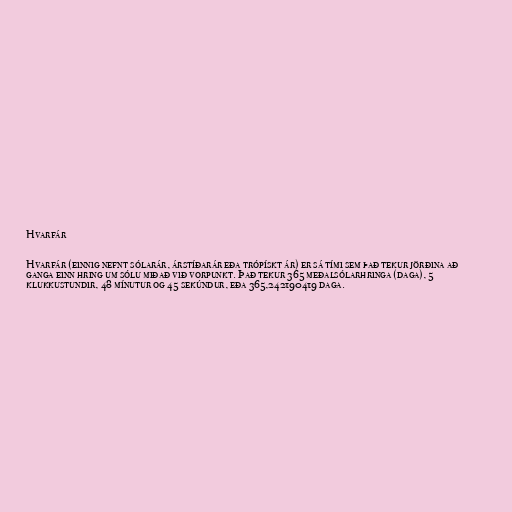
Hvarfár

Hvarfár (einnig nefnt sólarár, árstíðarár eða trópískt ár) er sá tími sem það tekur jörðina að
ganga einn hring um sólu miðað við vorpunkt. Það tekur 365 meðalsólarhringa (daga), 5
klukkustundir, 48 mínutur og 45 sekúndur, eða 365,242190419 daga.